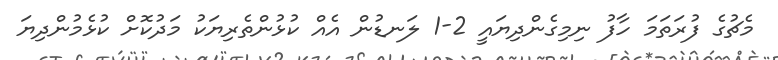
މެޗުގެ ފުރަތަމަ ހާފު ނިމިގެންދިޔައީ 2-1 ލަނޑުން އެއް ކުޅުންތެރިޔަކު މަދުކޮށް ކުޅެމުންދިޔަ